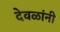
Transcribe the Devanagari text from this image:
देवळांनी